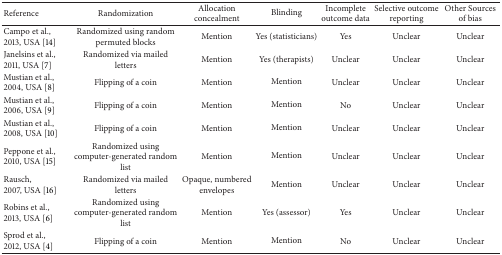
| Reference | Randomization | Allocation concealment | Blinding | Incomplete outcome data | Selective outcome reporting | Other Sources of bias |
 | --- | --- | --- | --- | --- | --- | --- |
 | Campo et al.,2013, USA [14] | Randomized using random permuted blocks | Mention | Yes (statisticians) | Yes | Unclear | Unclear |
 | Janelsins et al., 2011, USA [7] | Randomized via mailed letters | Mention | Yes (therapists) | Unclear | Unclear | Unclear |
 | Mustian et al., 2004, USA [8] | Flipping of a coin | Mention | Mention | Unclear | Unclear | Unclear |
 | Mustian et al., 2006, USA [9] | Flipping of a coin | Mention | Mention | No | Unclear | Unclear |
 | Mustian et al., 2008, USA [10] | Flipping of a coin | Mention | Mention | Unclear | Unclear | Unclear |
 | Peppone et al., 2010, USA [15] | Randomized using computer-generated random list | Mention | Mention | Unclear | Unclear | Unclear |
 | Rausch,2007, USA [16] | Randomized via mailed letters | Opaque, numbered envelopes | Mention | Unclear | Unclear | Unclear |
 | Robins et al., 2013, USA [6] | Randomized using computer-generated random list | Mention | Yes (assessor) | Yes | Unclear | Unclear |
 | Sprod et al., 2012, USA [4] | Flipping of a coin | Mention | Mention | No | Unclear | Unclear |